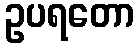
ဥပရတော